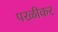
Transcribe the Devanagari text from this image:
परळीकर